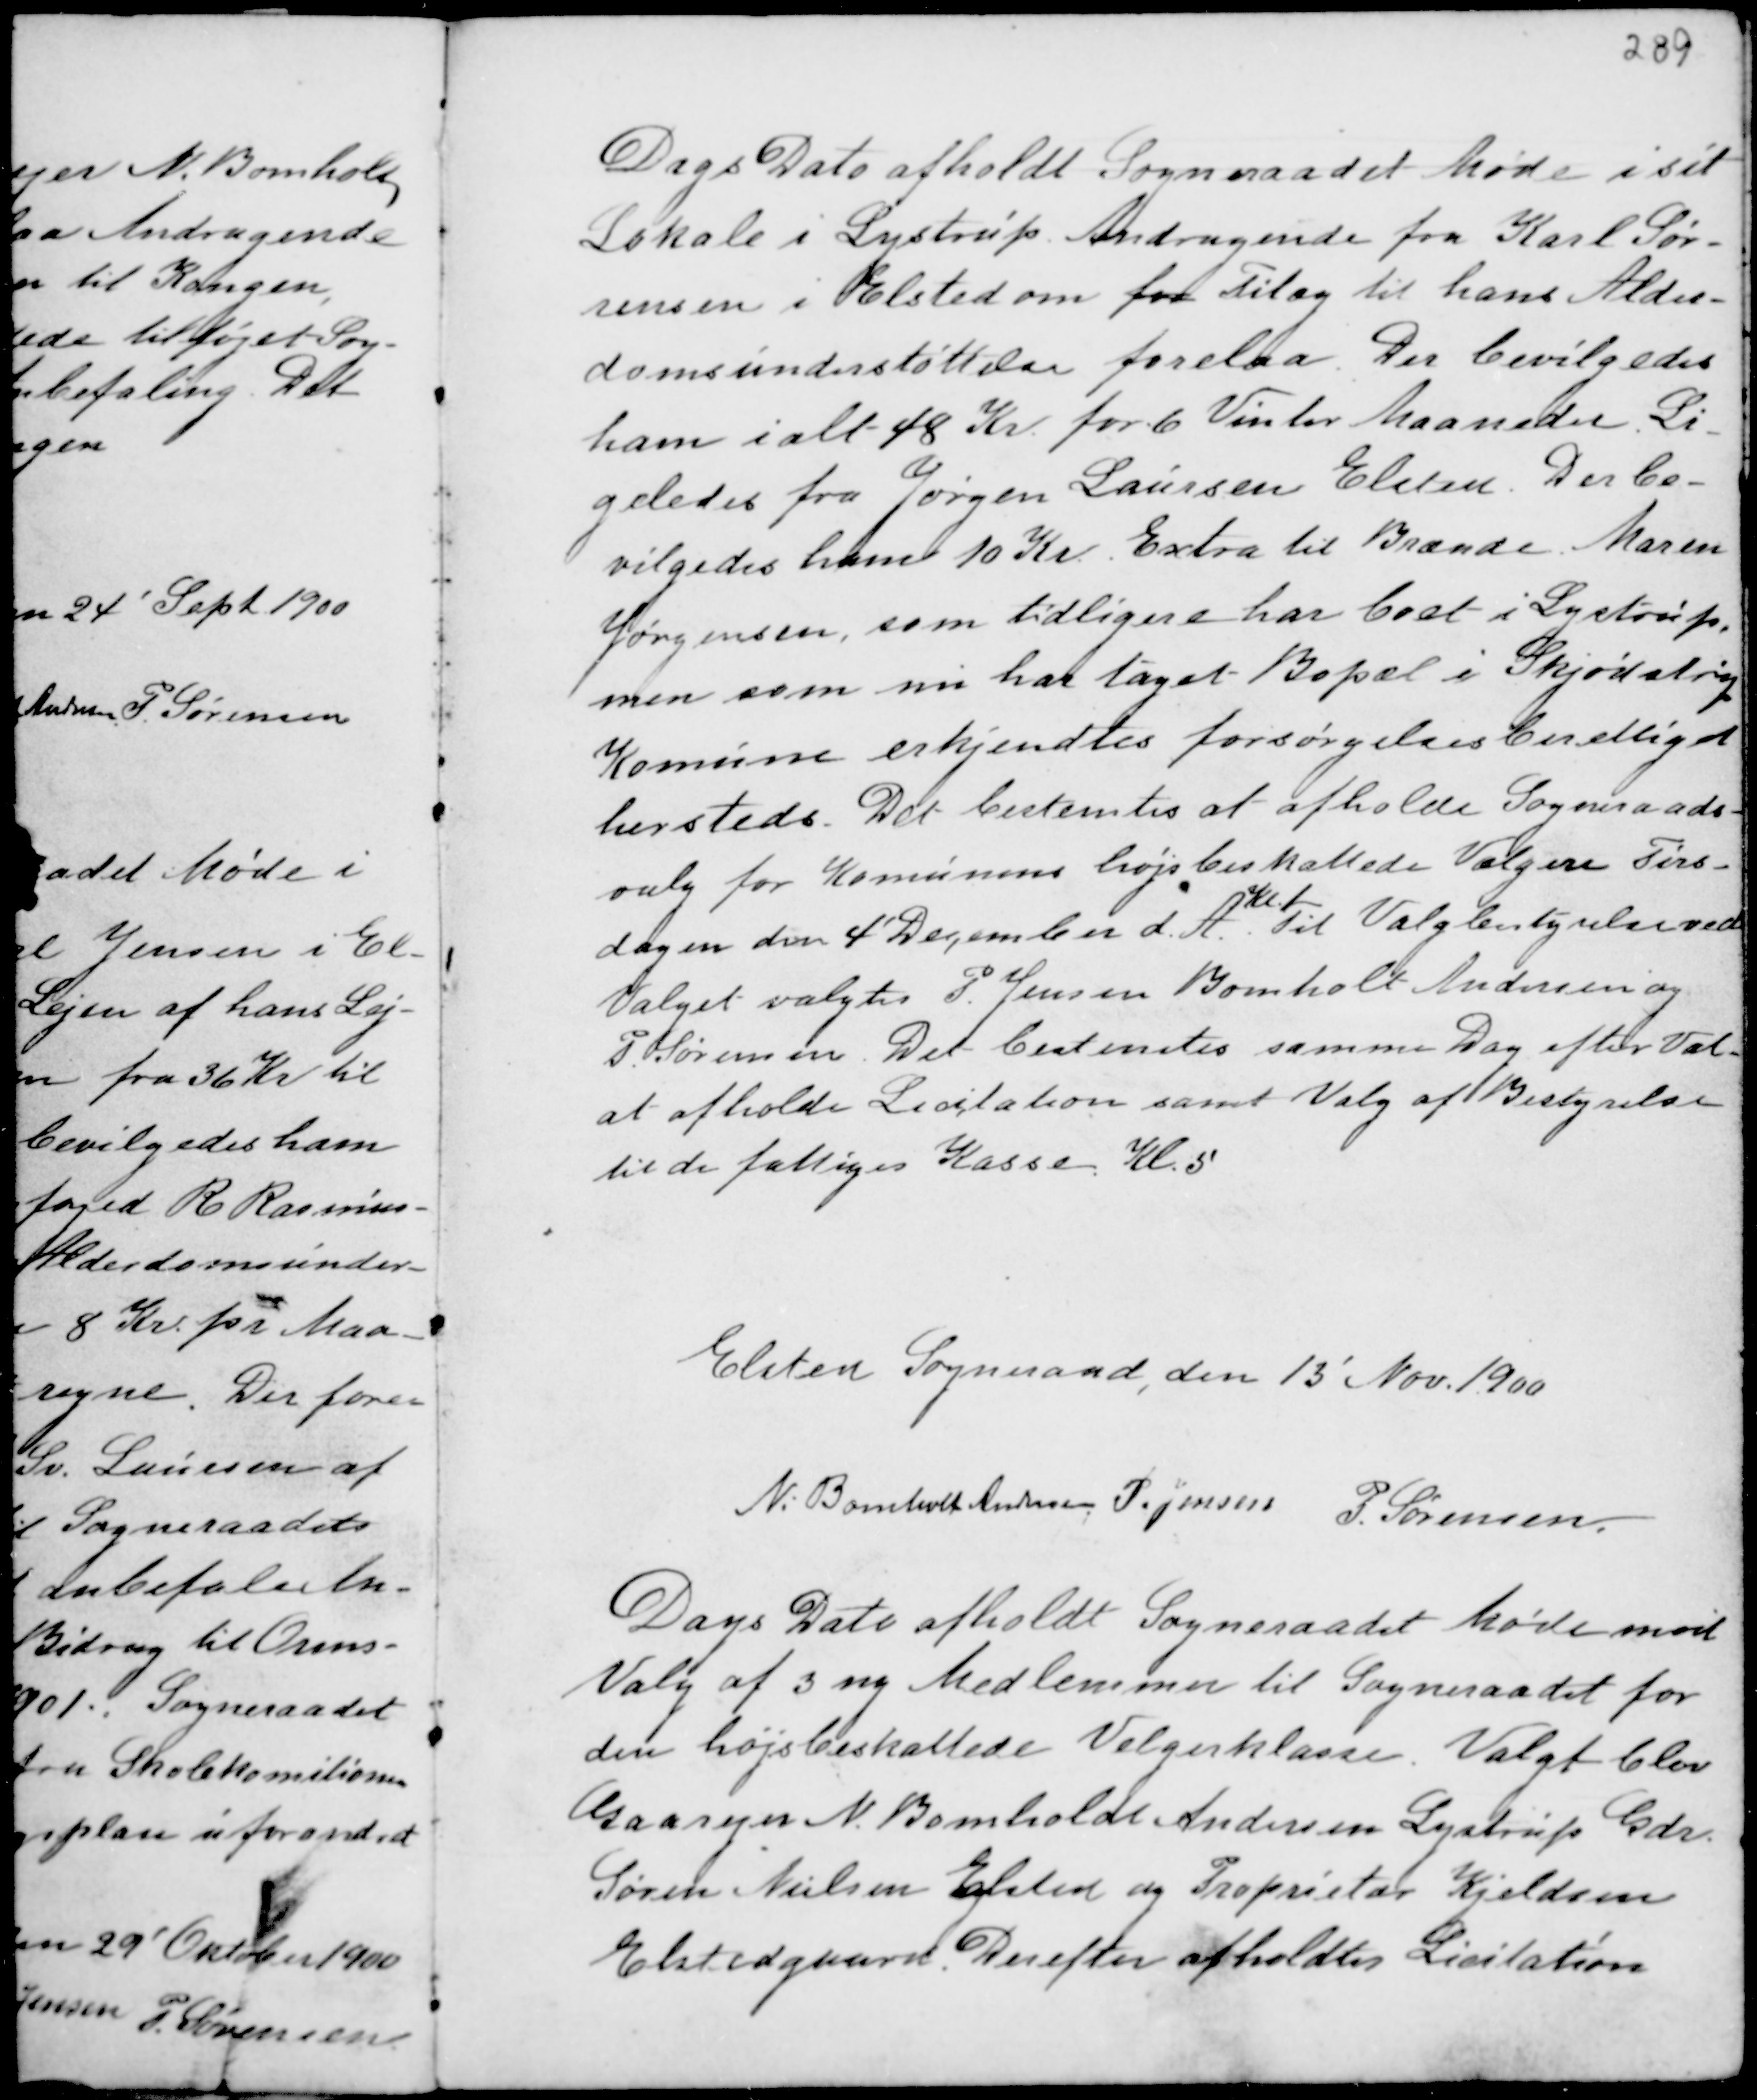
Transskription:
Dags Dato afholdt Sogneraadet Møde i sit
Lokale i Lystrup. Andragende fra Karl Sø-
rensen i Elsted om for Tilæg til hans Alder-
domsunderstøttelse forelaa. Der bevilgedes
ham ialt 48 Kr. for 6 Vinter Maaneder. Li-
geledes fra Jørgen Laursen Elsted. Der be-
vilgedes ham 10 Kr. Extra til Brænde. Maren
Jørgensen, som tidligere har boet i Lystrup,
men som nu har taget Bopæl i Skjødstrup
Komune erkjendtes forsørgelsesberettiget
hersteds. Det bestemtes at afholde Sogneraads-
valg for Komunens højs beskattede Vælgere Tirs-
dagen den 4' December d.A.
Kl. 1
Til Valgbestyrelse ved
Valget valgtes P. Jensen Bomholt Andersen
P. Sørensen Det bestemtes samme Dag efter Val-
at afholde Licitation samt Valg af Bestyrelse
til de fattiges Kasse Kl. 5

Elsted Sogneraad, den 13' Nov. 1900
N. Bomholt Andersen P. Jensen P. Sørensen.

Dags Dato afholdt Sogneraadet Møde med
Valg af 3 ny Medlemmer til Sogneraadet for
den højsbeskattede Velgerklasse. Valgt blev
Gaardejer N. Bomholt Andersen Lystrup Gdr.
Søren Nielsen Elsted og Proprietær Kjeldsen
Elstedgaard. Derefter afholdtes Licitation